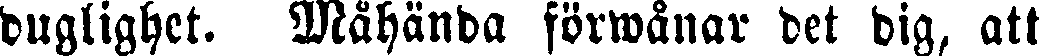
duglighet. Måhända förwånar det dig, att